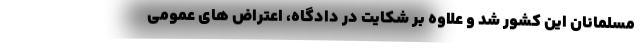
مسلمانان این کشور شد و علاوه بر شکایت در دادگاه، اعتراض های عمومی